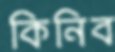
কিনিব